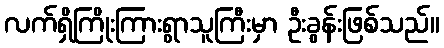
လက်ရှိကြိုးကြားရွာသူကြီးမှာ ဦးခွန်းဖြစ်သည်။